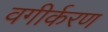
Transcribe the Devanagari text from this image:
वगीर्करण